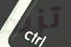
تزيد